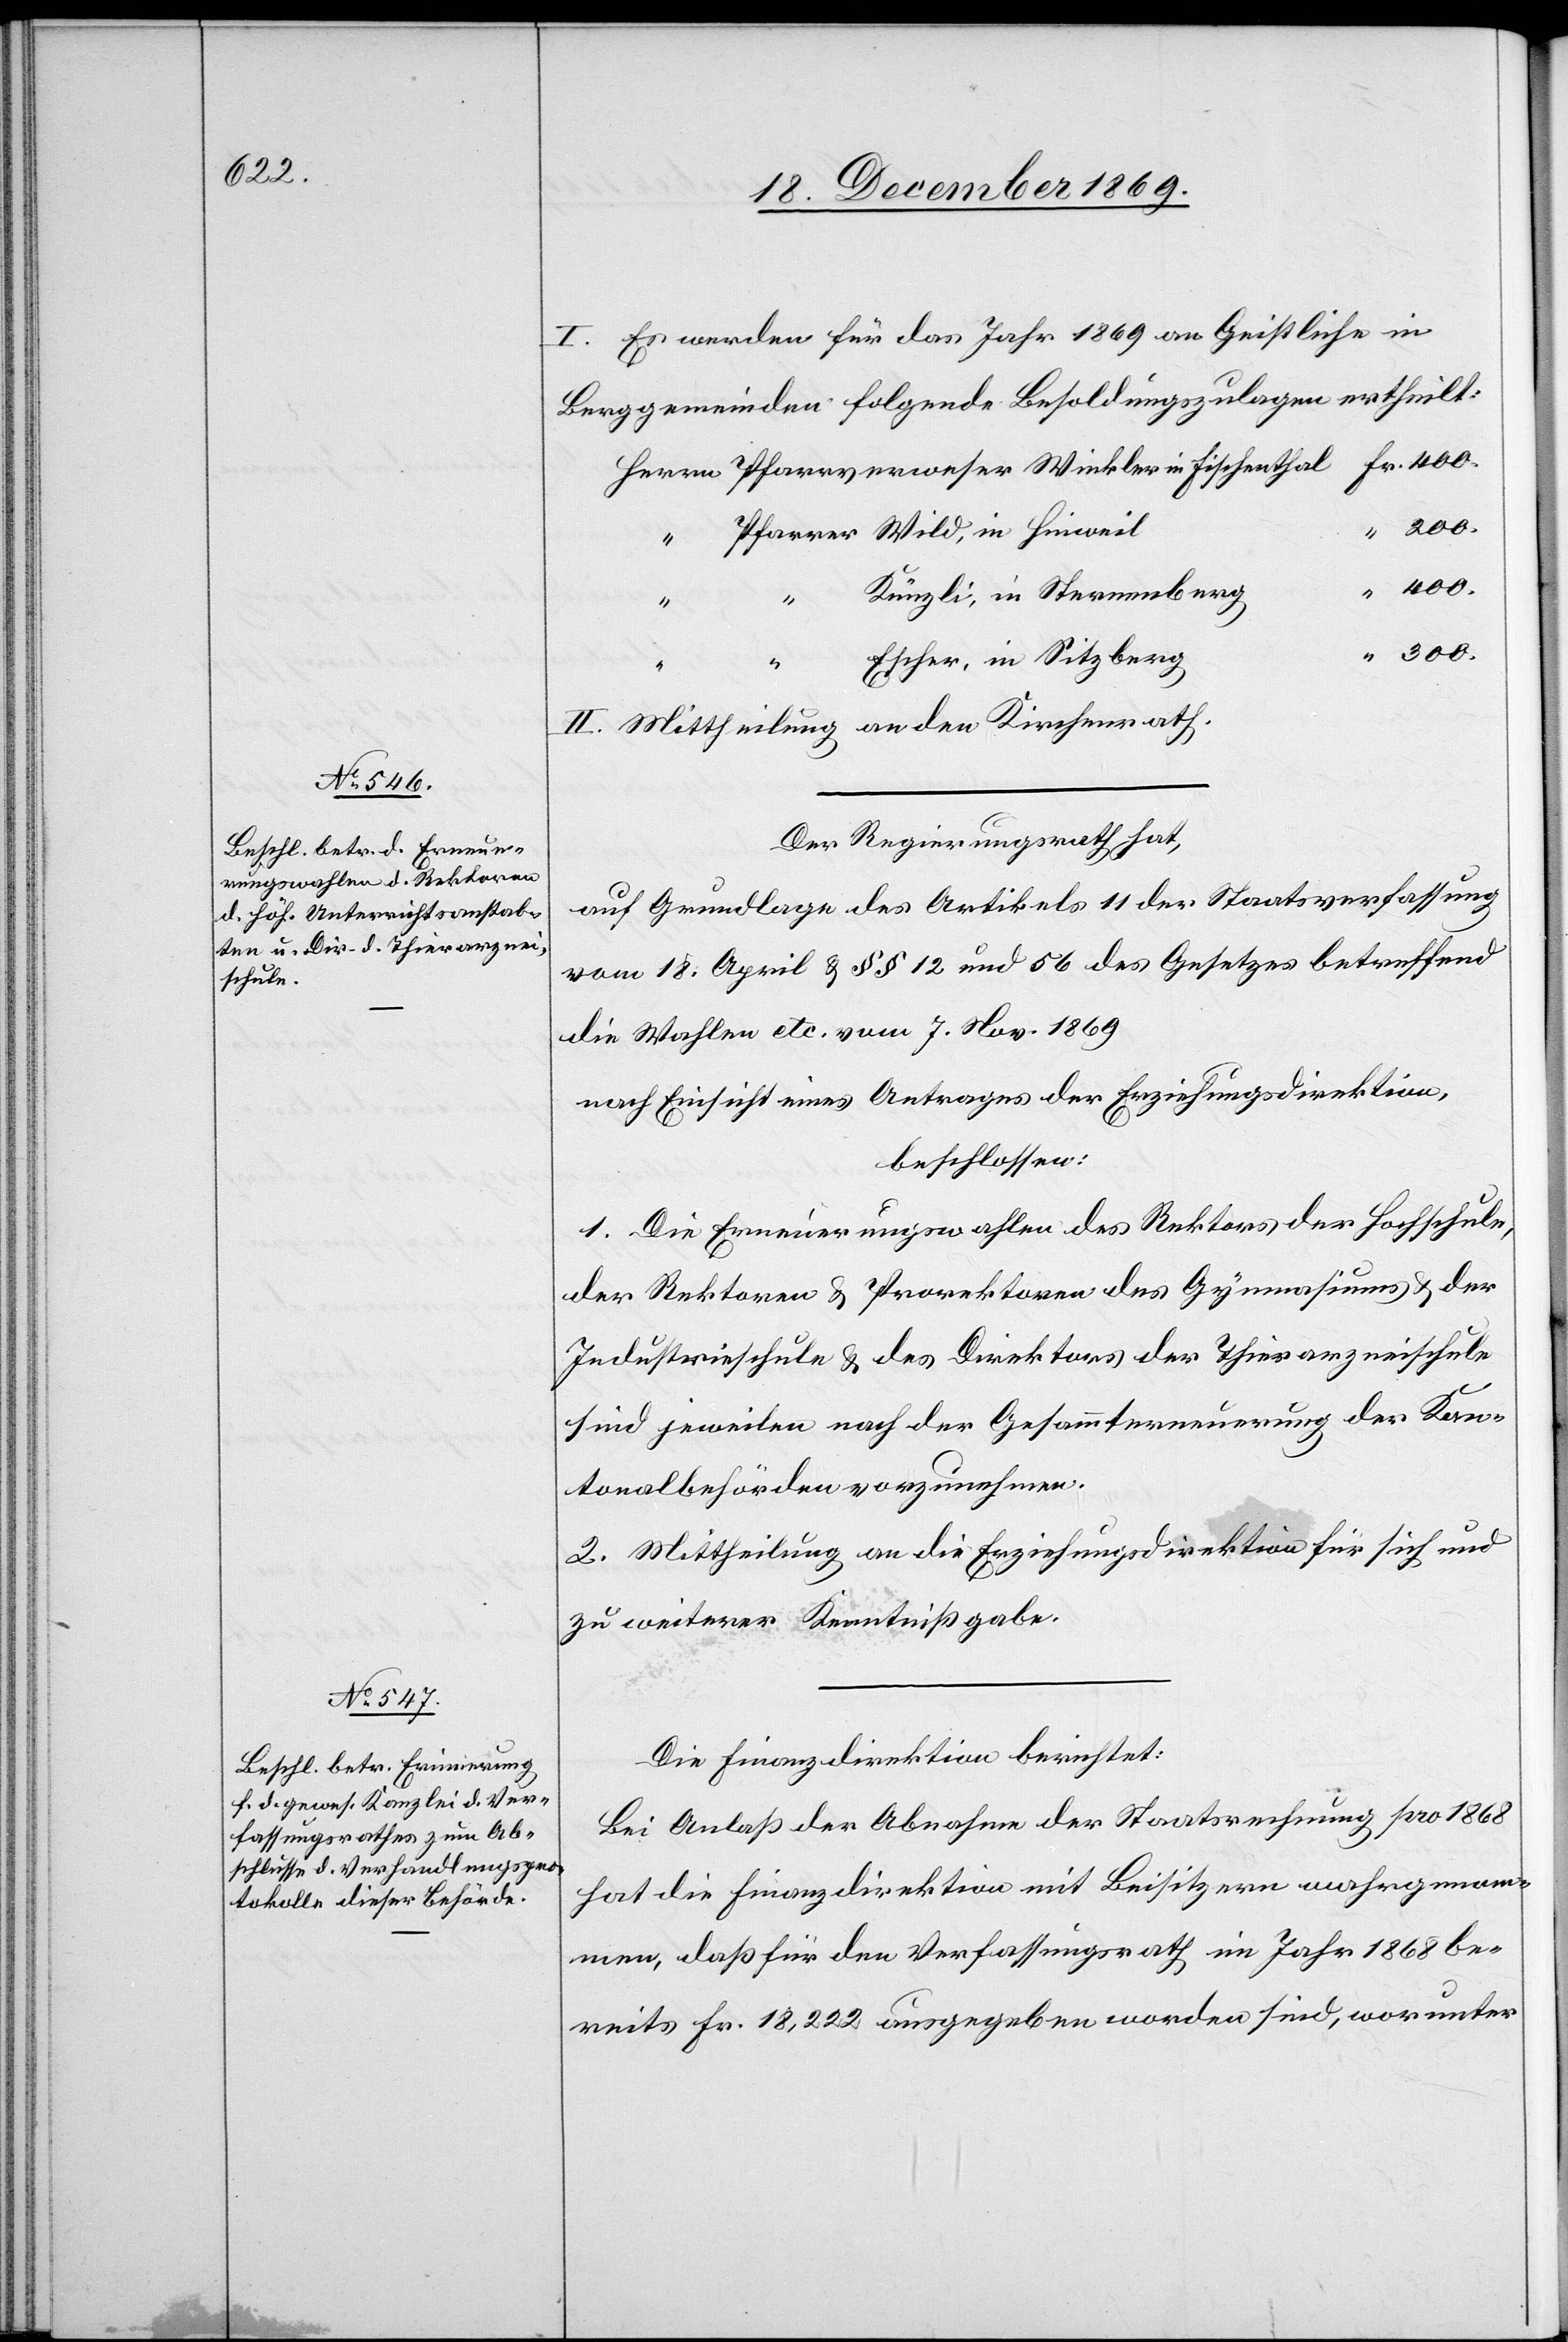
I. Es werden für das Jahr 1869 an Geistliche in
Berggemeinden folgende Besoldungszulagen ertheilt:
Pfarrer Wild, in Hinweil
“ 400.
Künzli, in Sternenberg
400.
“
Escher, in Sitzberg
300.
II. Mittheilung an den Kirchenrath.
Der Regierungsrath hat,
auf Grundlage des Artikels 11 der Staatsverfassung
vom 18. April & §§ 12 und 56 des Gesetzes betreffend
die Wahlen etc. vom 7. Nov. 1869
nach Einsicht eines Antrages der Erziehungsdirektion,
beschlossen:
1. Die Erneuerungswahlen des Rektors der Hochschule,
der Rektoren & Prorektoren des Gymnasiums & der
Industrieschule & des Direktors der Thierarzneischule
sind jeweilen nach der Gesammterneuerung der Kan¬
tonalbehörden vorzunehmen.
2. Mittheilung an die Erziehungsdirektion für sich und
zu weiterer Kenntnißgabe.
Die Finanzdirektion berichtet:
Bei Anlaß der Abnahme der Staatsrechnung pro 1868
hat die Finanzdirektion mit Beisitzern wahrgenom¬
men, daß für den Verfassungsrath im Jahr 1868 be¬
reits Fr. 18,222 ausgegeben worden sind, worunter